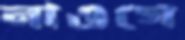
নাওগে